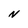
Character: N